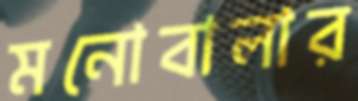
মনোবালার